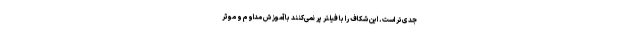
جدی‌تر است. این شکاف را با فیلتر پر نمی‌کنند با آموزش مداوم و موثر